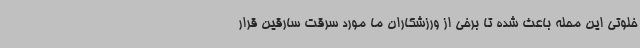
خلوتی این محله باعث شده تا برخی از ورزشکاران ما مورد سرقت سارقین قرار